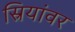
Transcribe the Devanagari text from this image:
स्रियांवर